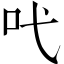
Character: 𠯅